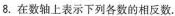
8. 在数轴上表示下列各数的相反数.